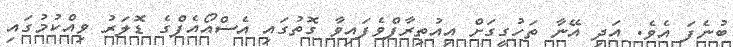
ބުނެފަ އެވެ. އަދި އޭނާ ތަހުގީގަށް އިއުތިރާފްވެފައިވާ ގޮތުގައި އެސްއޯއެފްގެ ޑޮލަރު ވިއްކުމުގައި